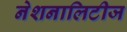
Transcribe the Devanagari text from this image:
नेशनालिटीज